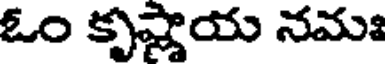
ఓం కృష్ణాయ నమః